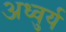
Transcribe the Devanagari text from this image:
अध्वुर्य